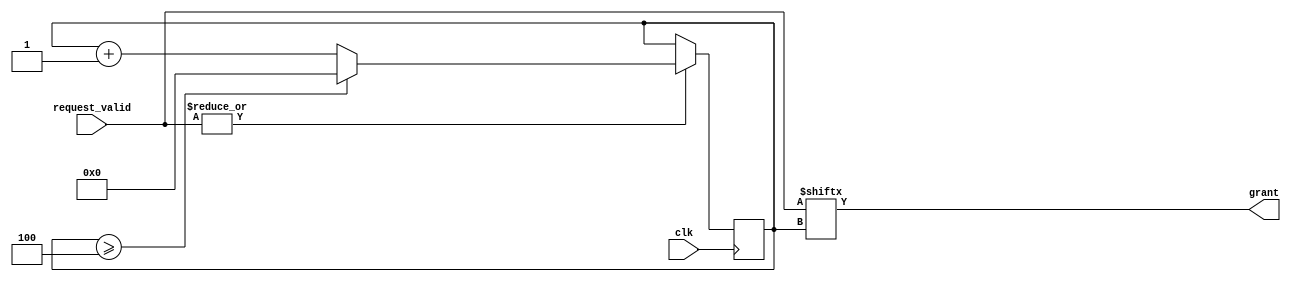
module RoundRobinArbiter (
    input wire clk,
    input wire [N-1:0] request_valid,
    output wire grant
);

parameter N = 4; // Number of input requests

reg [N-1:0] round_robin_counter;

always @(posedge clk) begin
    if (|request_valid) begin
        round_robin_counter <= round_robin_counter + 1;
        if (round_robin_counter >= N)
            round_robin_counter <= 0;
    end
end

assign grant = request_valid[round_robin_counter];

endmodule